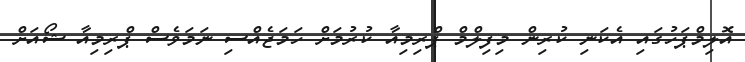
އޮލިމްޕަހުގައި އެކަނި ކުރިން މިފިލްމް ޕްރިމިއާ ކުުރުމަށް ހަމަޖެއްސި ނަމަވެސް ޕްރިމިއާ ޝޯއަށް